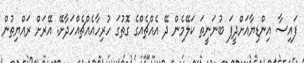
ފައިސާ އިންޑިޔާއަށްދީފަ ބުނަނީތަ ކަލޭމެން ދޭ އެއްޗެއްގެ ގޮތުގަ ހުރިހާއެއްޗެއްހަދާށޭ. އޭރަށް ރައްޔިތުން